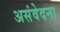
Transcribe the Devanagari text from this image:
असंवेदना